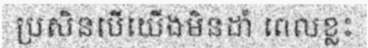
ប្រសិនបើយើងមិនដាំ ពេលខ្លះ